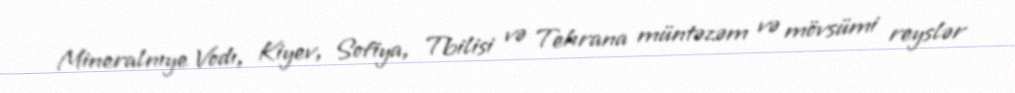
Mineralnıye Vodı, Kiyev, Sofiya, Tbilisi və Tehrana müntəzəm və mövsümi reyslər